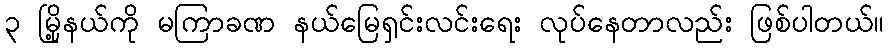
၃ မြို့နယ်ကို မကြာခဏ နယ်မြေရှင်းလင်းရေး လုပ်နေတာလည်း ဖြစ်ပါတယ်။